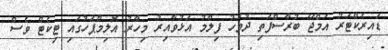
ޑައިރެކްޓަރު އަމްޖޭ ބުރާސްފަތި ދުވަހު ފިލްމު އަޅުވާއިރު މިހާރު އޮލިމްޕަހުގައި ޓިކެޓް ވެސް